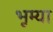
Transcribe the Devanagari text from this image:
भूम्या